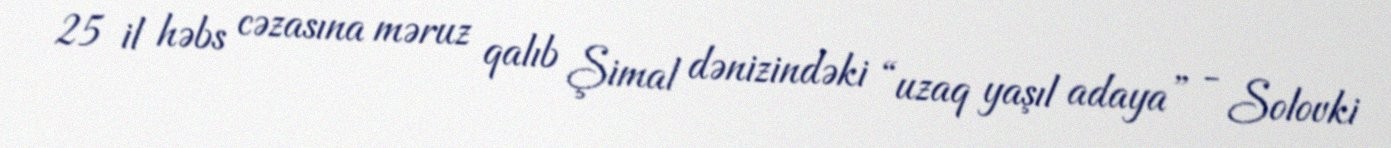
25 il həbs cəzasına məruz qalıb Şimal dənizindəki “uzaq yaşıl adaya” - Solovki